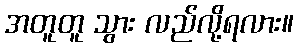
အတူတူ သွား လည်လို့ရလား။